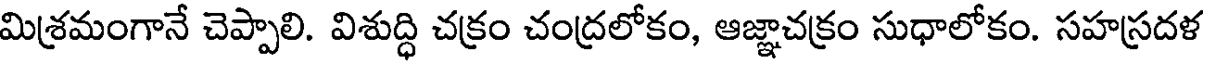
మిశ్రమంగానే చెప్పాలి. విశుద్ధి చక్రం చంద్రలోకం, ఆజ్ఞాచక్రం సుధాలోకం. సహస్రదళ